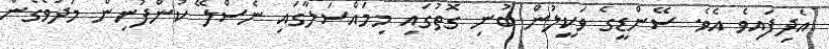
އެދިފައިވެ އެވެ. ސޭންޑީގެ ވަކީލުން ބުނި ގޮތުގައި މިމައްސަލާގައި ނެސްލޭ ކުންފުނިން މަދުވެގެން